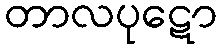
တာလပုဋော